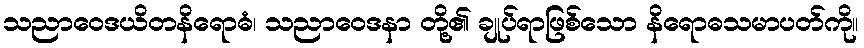
သညာဝေဒယိတနိရောဓံ၊ သညာဝေဒနာ တို့၏ ချုပ်ရာဖြစ်သော နိရောဓသမာပတ်ကို။